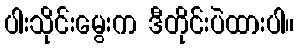
ပါးသိုင်းမွေးက ဒီတိုင်းပဲထားပါ။